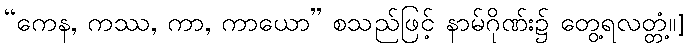
“ကေန, ကဿ, ကာ, ကာယော” စသည်ဖြင့် နာမ်ဂိုဏ်း၌ တွေ့ရလတ္တံ့။]